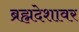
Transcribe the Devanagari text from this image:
ब्रह्मदेशावर